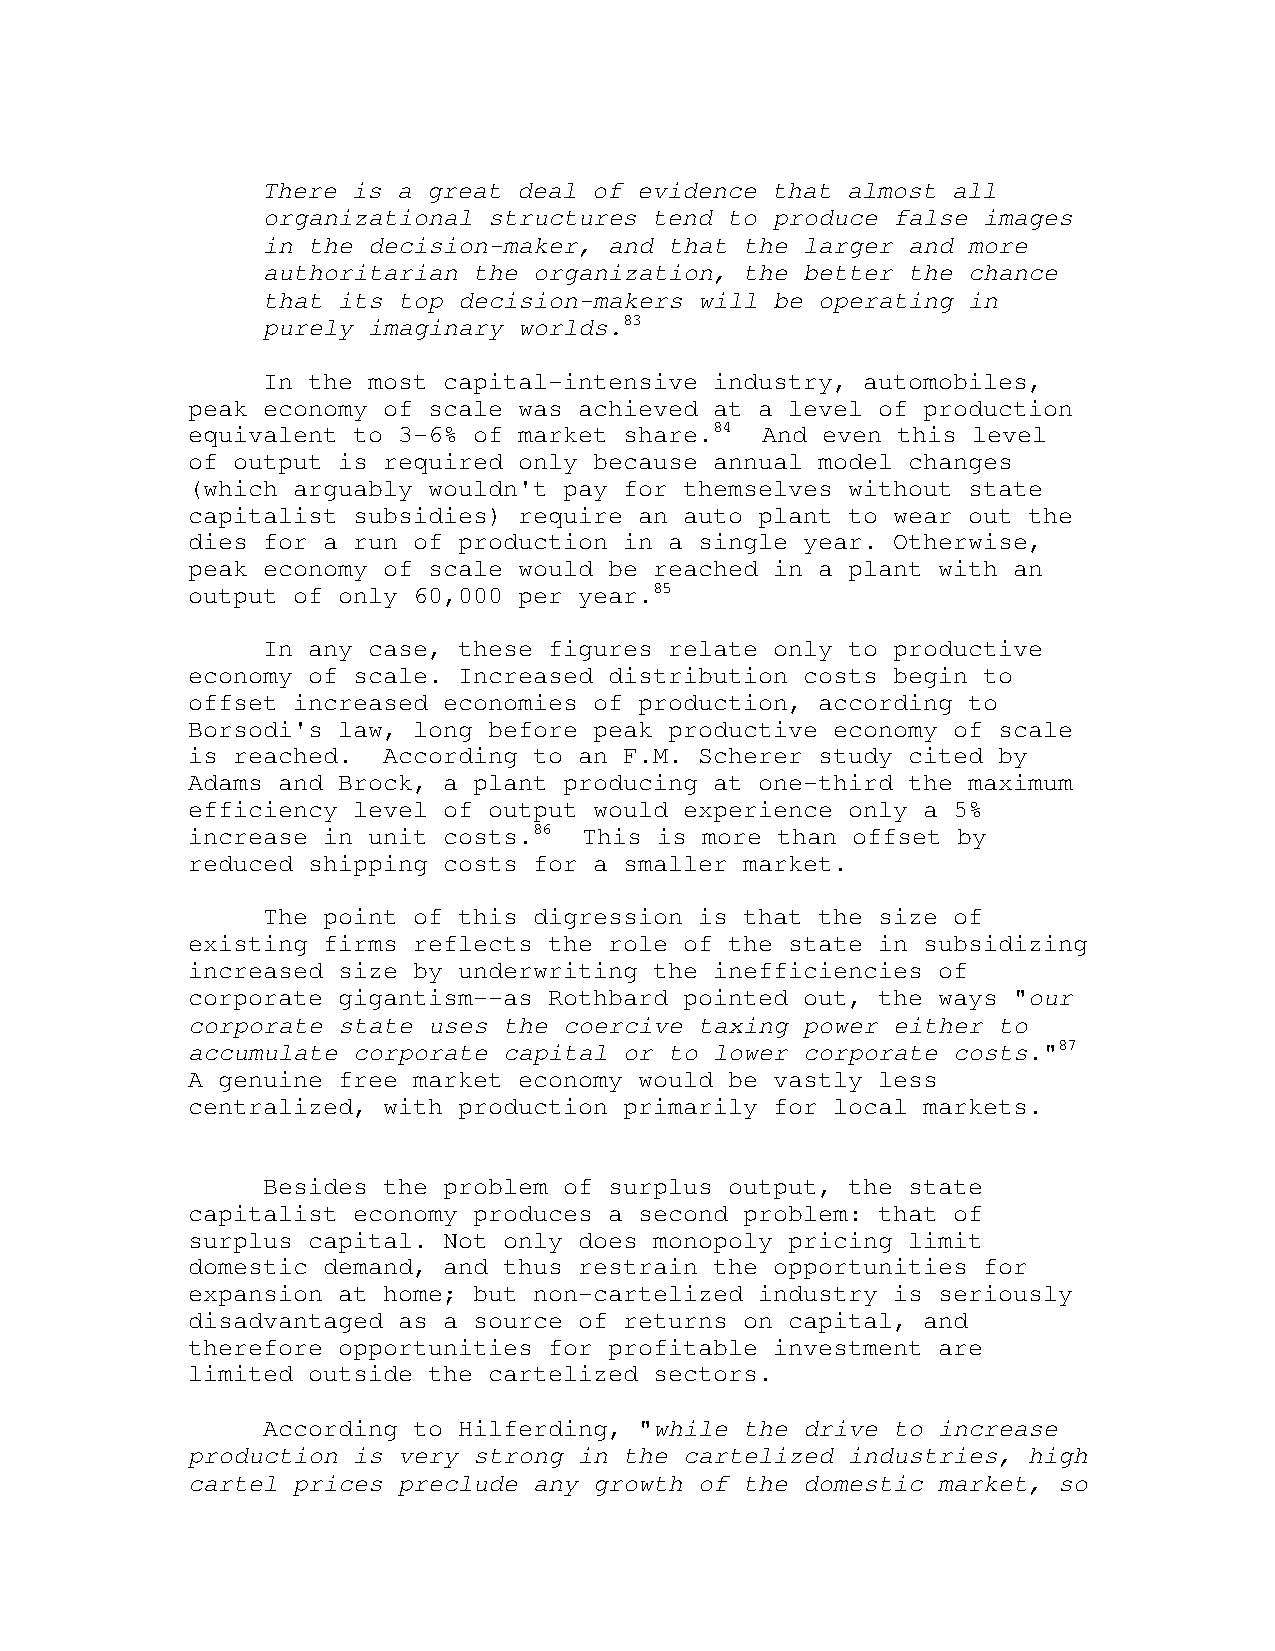
There is a great deal of evidence that almost all
 organizational structures tend to produce false images
 in the decision-maker, and that the larger and more
 authoritarian the organization, the better the chance
 that its top decision-makers will be operating in
 purely imaginary worlds.83
 In the most capital-intensive industry, automobiles,
 peak economy of scale was achieved at a level of production
 equivalent to 3-6% of market share.84 And even this level
 of output is required only because annual model changes
 (which arguably wouldn't pay for themselves without state
 capitalist subsidies) require an auto plant to wear out the
 dies for a run of production in a single year. Otherwise,
 peak economy of scale would be reached in a plant with an
 output of only 60,000 per year.85
 In any case, these figures relate only to productive
 economy of scale. Increased distribution costs begin to
 offset increased economies of production, according to
 Borsodi's law, long before peak productive economy of scale
 is reached.  According to an F.M. Scherer study cited by
 Adams and Brock, a plant producing at one-third the maximum
 efficiency level of output would experience only a 5%
 increase in unit costs.86  This is more than offset by
 reduced shipping costs for a smaller market.
 The point of this digression is that the size of
 existing firms reflects the role of the state in subsidizing
 increased size by underwriting the inefficiencies of
 corporate gigantism--as Rothbard pointed out, the ways "our
 corporate state uses the coercive taxing power either to
 accumulate corporate capital or to lower corporate costs."87
 A genuine free market economy would be vastly less
 centralized, with production primarily for local markets.
 Besides the problem of surplus output, the state
 capitalist economy produces a second problem: that of
 surplus capital. Not only does monopoly pricing limit
 domestic demand, and thus restrain the opportunities for
 expansion at home; but non-cartelized industry is seriously
 disadvantaged as a source of returns on capital, and
 therefore opportunities for profitable investment are
 limited outside the cartelized sectors.
 According to Hilferding, "while the drive to increase
 production is very strong in the cartelized industries, high
 cartel prices preclude any growth of the domestic market, so